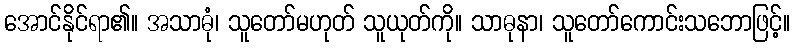
အောင်နိုင်ရာ၏။ အသာဓုံ၊ သူတော်မဟုတ် သူယုတ်ကို။ သာဓုနာ၊ သူတော်ကောင်းသဘောဖြင့်။